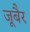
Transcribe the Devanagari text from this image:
जूबैर